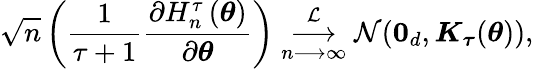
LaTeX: \sqrt{n}\left(\frac{1}{\tau+1}\frac{\partial H_{n}^{\tau}\left(\boldsymbol{\theta}\right)}{\partial\boldsymbol{\theta}}\right)\underset{n\longrightarrow\infty}{\overset{\mathcal{L}}{\longrightarrow}}\mathcal{N}(\boldsymbol{0}_{d},\boldsymbol{K}_{\boldsymbol{\tau}}(\boldsymbol{\theta})),